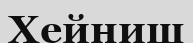
Хейниш